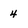
Character: 4